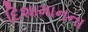
દિશામાનના